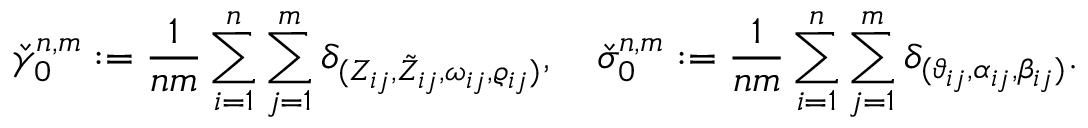
\check { \gamma } _ { 0 } ^ { n , m } : = \frac { 1 } { n m } \sum _ { i = 1 } ^ { n } \sum _ { j = 1 } ^ { m } \delta _ { ( Z _ { i j } , \tilde { Z } _ { i j } , \omega _ { i j } , \varrho _ { i j } ) } , \quad \check { \sigma } _ { 0 } ^ { n , m } : = \frac { 1 } { n m } \sum _ { i = 1 } ^ { n } \sum _ { j = 1 } ^ { m } \delta _ { ( \vartheta _ { i j } , \alpha _ { i j } , \beta _ { i j } ) } .